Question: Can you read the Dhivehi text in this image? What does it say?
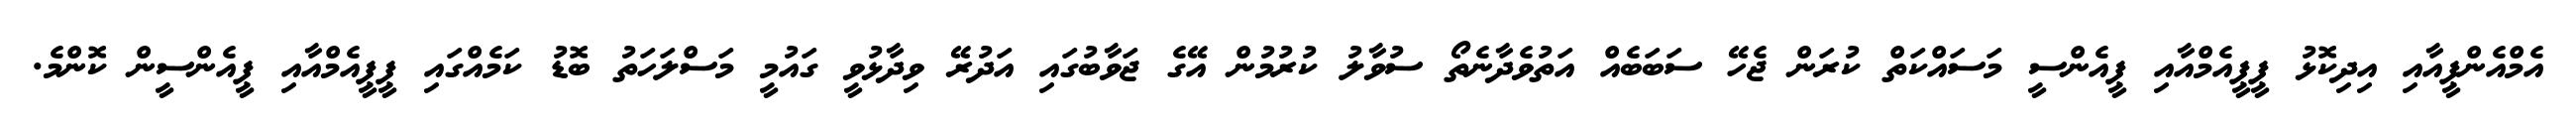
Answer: އެމްއެންޕީއާއި އިދިކޮޅު ޕީޕީއެމްއާއި ޕީއެންސީ މަސައްކަތް ކުރަން ޖެހޭ ސަބަބެއް އަތުވެދާނެތޯ ސުވާލު ކުރުމުން އޭގެ ޖަވާބުގައި އަދުރޭ ވިދާޅުވީ ގައުމީ މަސްލަހަތު ބޮޑު ކަމެއްގައި ޕީޕީއެމްއާއި ޕީއެންސީން ކޮންމެ.